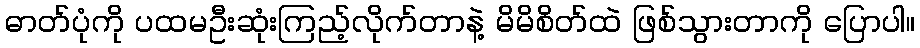
ဓာတ်ပုံကို ပထမဦးဆုံးကြည့်လိုက်တာနဲ့ မိမိစိတ်ထဲ ဖြစ်သွားတာကို ပြောပါ။